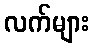
လက်များ